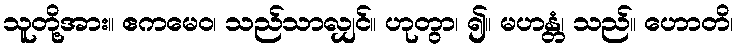
သူတို့အား။ ဧကမေဝ၊ သည်သာလျှင်။ ဟုတွာ၊ ၍။ မဟန္တံ၊ သည်။ ဟောတိ၊